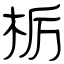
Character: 栃